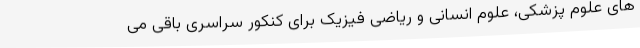
های علوم پزشکی، علوم انسانی و ریاضی فیزیک برای کنکور سراسری باقی می